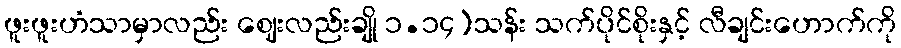
ဖူးဖူးဟံသာမှာလည်း ဈေးလည်းချို ၁.၁၄)သန်း သက်ပိုင်စိုးနှင့် လီချင်းဟောက်ကို